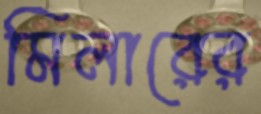
মিলারের